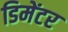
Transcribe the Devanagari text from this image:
डिमेंटर